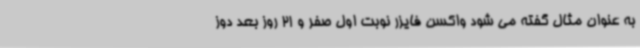
به عنوان مثال گفته می شود واکسن فایزر نوبت اول صفر و 21 روز بعد دوز